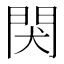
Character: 𬮇